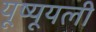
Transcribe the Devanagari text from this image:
यूष्यूयली